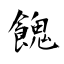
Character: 餽